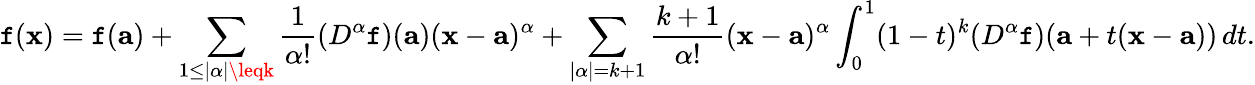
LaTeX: \mathtt{f}(\mathbf{{x}})=\mathtt{f}(\mathbf{{a}})+\sum_{1\leq|\alpha|\leqk}{\frac{{1}}{{\alpha!}}}(D^{\alpha}\mathtt{f})(\mathbf{{a}})(\mathbf{{x}}-\mathbf{{a}})^{\alpha}+\sum_{|\alpha|=k+1}{\frac{{k+1}}{{\alpha!}}}(\mathbf{{x}}-\mathbf{{a}})^{\alpha}\int_{0}^{1}(1-t)^{k}(D^{\alpha}\mathtt{f})(\mathbf{{a}}+t(\mathbf{{x}}-\mathbf{{a}}))\, dt.